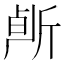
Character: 𰕠